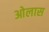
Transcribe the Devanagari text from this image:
ओलास